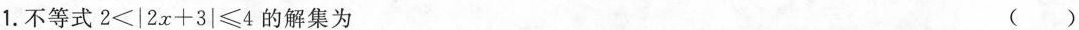
1.不等式2<|2x+3|\leqslant 4的解集为 ( )